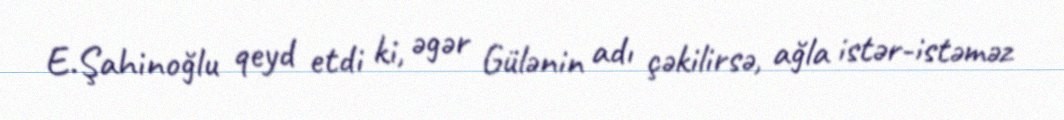
E.Şahinoğlu qeyd etdi ki, əgər Gülənin adı çəkilirsə, ağla istər-istəməz